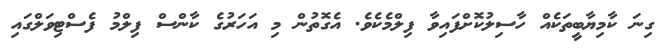
ގިނަ ކާމިޔާބީތަކެއް ހާސިލުކޮށްފައިވާ ފިލްމެކެވެ. އެގޮތުން މި އަހަރުގެ ކާންސް ފިލްމު ފެސްޓިވަލްގައި